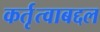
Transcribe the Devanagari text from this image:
कर्तृत्वाबद्दल